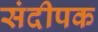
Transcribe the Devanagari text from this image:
संदीपक